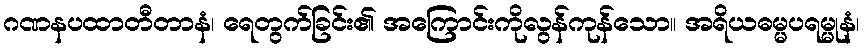
ဂဏနပထာတီတာနံ၊ ရေတွက်ခြင်း၏ အကြောင်းကိုလွန်ကုန်သော။ အရိယဓမ္မပရမ္မုနံ၊